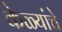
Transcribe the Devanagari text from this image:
केळ्यांचे